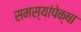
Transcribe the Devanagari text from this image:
समस्यांपेक्षा